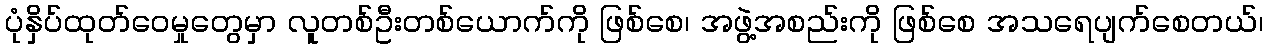
ပုံနှိပ်ထုတ်ဝေမှုတွေမှာ လူတစ်ဦးတစ်ယောက်ကို ဖြစ်စေ၊ အဖွဲ့အစည်းကို ဖြစ်စေ အသရေပျက်စေတယ်၊